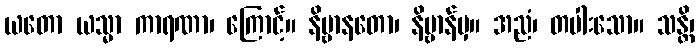
ယတော ယသ္မာ ကာရဏာ၊ ကြောင့်။ နိဗ္ဗာနတော၊ နိဗ္ဗာန်မှ။ အညံ၊ တပါးသော။ သန္တိ၊